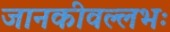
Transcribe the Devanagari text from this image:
जानकीवल्लभः